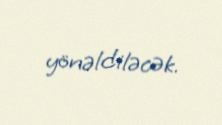
yönəldiləcək.